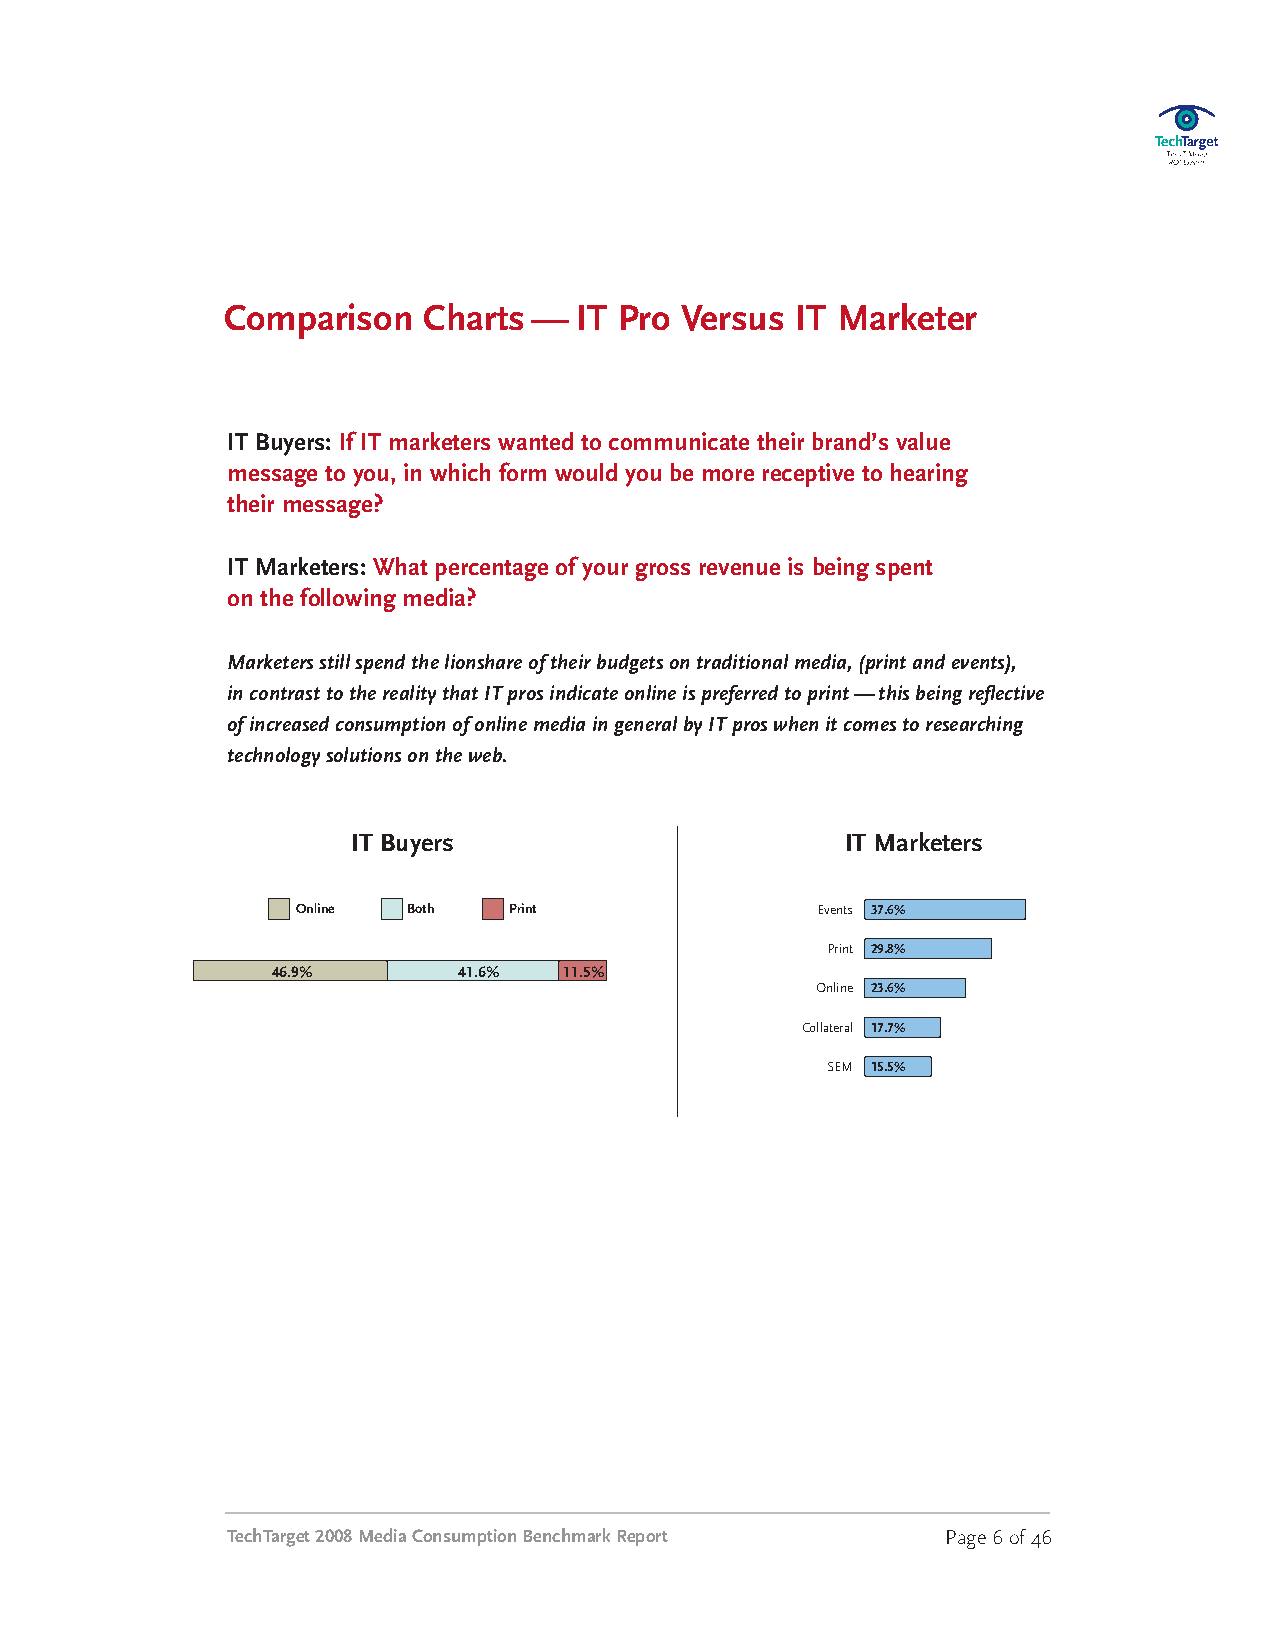
Comparison   Charts—   IT Pro Versus  IT Marketer
 IT Buyers: If IT marketers wanted to communicate their brand’s value
 message to you, in which form would you be more receptive to hearing
 their message?
 IT Marketers: What percentage of your gross revenue is being spent
 on the following media?
 Marketersstillspendthelionshareoftheirbudgetsontraditionalmedia,(printandevents),
 incontrasttotherealitythatITprosindicateonlineispreferredtoprint—thisbeingreflective
 ofincreasedconsumptionofonlinemediaingeneralbyITproswhenitcomestoresearching
 technologysolutionsontheweb.
 IT Buyers                        IT Marketers
 Online Both   Print               Events 37.6%
 Print 29.8%
 46.9%       41.6%  11.5%
 Online 23.6%
 Collateral 17.7%
 SEM 15.5%
 TechTarget2008MediaConsumptionBenchmarkReport   Page6of46